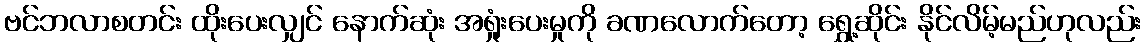
ဗင်ဘလာစတင်း ထိုးပေးလျှင် နောက်ဆုံး အရှုံးပေးမှုကို ခဏလောက်တော့ ရွှေ့ဆိုင်း နိုင်လိမ့်မည်ဟုလည်း